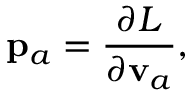
{ \bf p } _ { a } = \frac { \partial L } { \partial { \bf v } _ { a } } ,